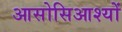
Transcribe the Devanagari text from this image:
आसोसिआश्यों